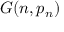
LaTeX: G ( n , p _ { n } )